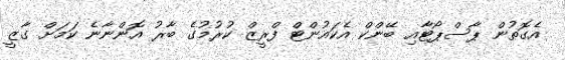
އެގޮތުން ޕާސްޕޯޓާއި ބޭންކް އެކައުންޓް ފްރީޒް ކުރުމުގެ ބާރު އޮންނާނެ ކަމަށް ގާޒީ